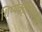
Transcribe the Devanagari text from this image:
शिष्यवृत्तीअंतर्गत